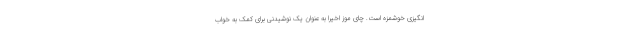
انگیزی خوشمزه است. چای موز اخیرا به عنوان یک نوشیدنی برای کمک به خواب